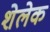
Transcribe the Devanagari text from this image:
शेलेक